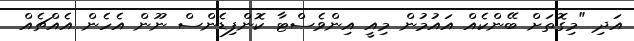
އަދި "މިގޮތަށް ބޭންކެއް އައުމުން މިއީ އިންވެސްޓާ ކޮންފިޑެންސް ނޫން އެހެން އެއްޗެއް